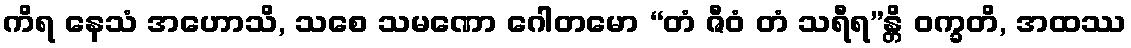
ကိရ နေသံ အဟောသိ, သစေ သမဏော ဂေါတမော “တံ ဇီဝံ တံ သရီရ”န္တိ ဝက္ခတိ, အထဿ